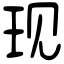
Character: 现